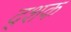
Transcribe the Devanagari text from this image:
द्शक